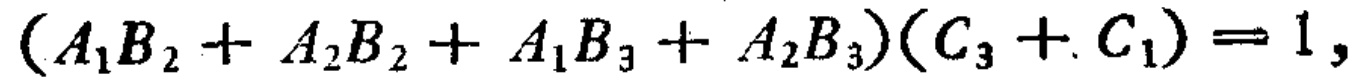
\((A_1B_2 + A_2B_2 + A_1B_3 + A_2B_3)(C_3 + C_1)=1\)